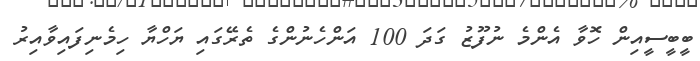
ބީބީސީއިން ހޮވާ އެންމެ ނުފޫޒު ގަދަ 100 އަންހެނުންގެ ތެރޭގައި ޔަހްޔާ ހިމެނިފައިވާއިރު